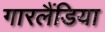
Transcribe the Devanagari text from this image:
गारलैंडिया